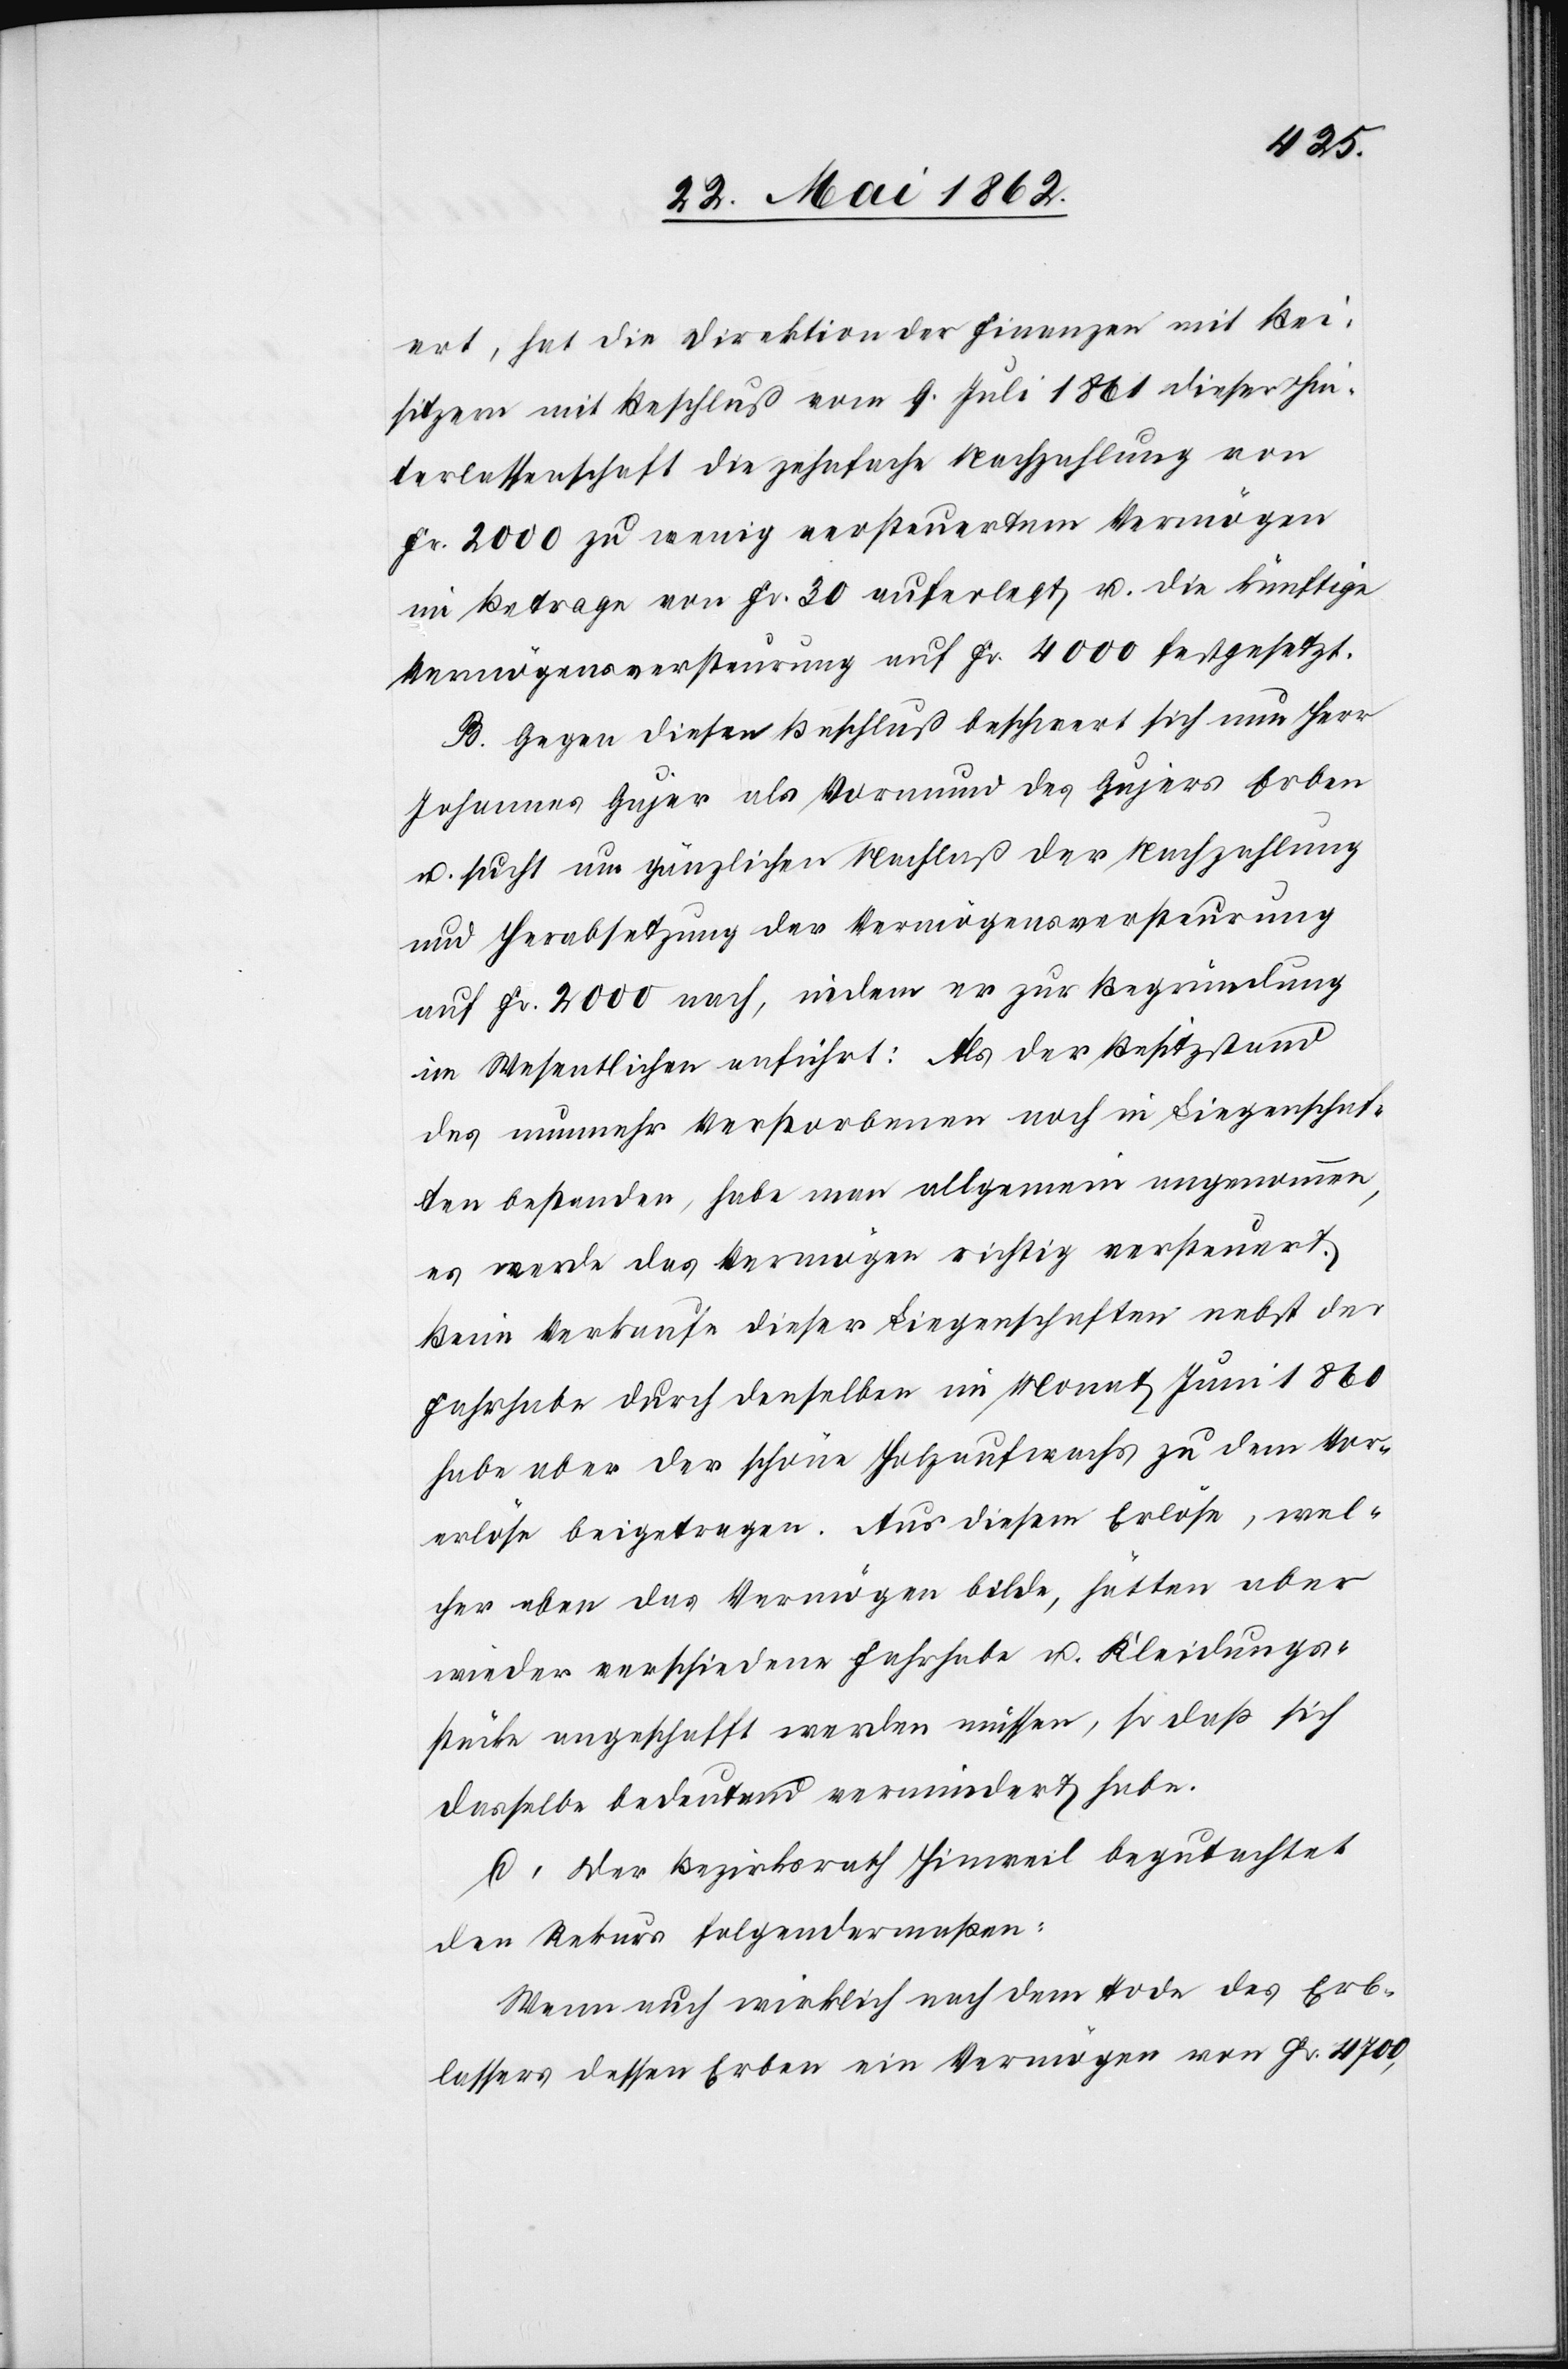
ert, hat die Direktion der Finanzen mit Bei¬
sitzern mit Beschluß vom 9. Juli 1861 dieser Hin¬
terlassenschaft die zehnfache Nachzahlung von
Fr. 2000 zu wenig versteuertem Vermögen
im Betrage von Fr. 30 auferlegt u. die künftige
Vermögensversteuerung auf Fr. 4000 festgesetzt.
B. Gegen diesen Beschluß beschwert sich nun Herr
Johannes Gujer als Vormund des Gujers Erben
u. sucht um gänzlichen Nachlaß der Nachzahlung
und Herabsetzung der Vermögensversteuerung
auf Fr. 2000 nach, indem er zur Begründung
im Wesentlichen anführt: Als der Besitzstand
des nunmehr Verstorbenen noch in Liegenschaf¬
ten bestanden, habe man allgemein angenommen,
es werde das Vermögen richtig versteuert.
Beim Verkaufe dieser Liegenschaften nebst der
Fahrhabe durch denselben im Monat Juni 1860
habe aber der schöne Holzaufwachs zu dem Vor¬
erlöse beigetragen. Aus diesem Erlöse, wel¬
cher eben das Vermögen bilde, hätten aber
wieder verschiedene Fahrhabe u. Kleidungs¬
stücke angeschafft werden müssen, so daß sich
dasselbe bedeutend vermindert habe.
C. Der Bezirksrath Hinweil begutachtet
den Rekurs folgendermaßen:
Wenn auch wirklich nach dem Tode des Erb¬
lassers dessen Erben ein Vermögen von Fr. 4700